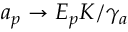
a _ { p } \rightarrow E _ { p } K / \gamma _ { a }